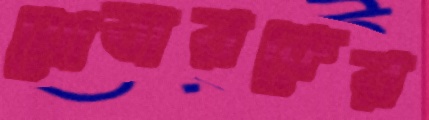
মোবারকের